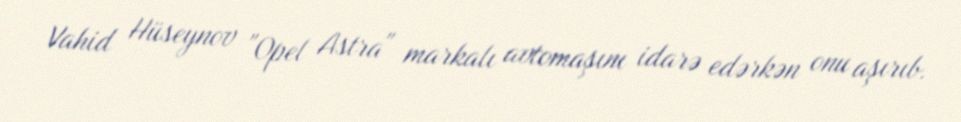
Vahid Hüseynov "Opel Astra" markalı avtomaşını idarə edərkən onu aşırıb.